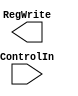
module Control(ControlIn, RegWrite);


input ControlIn;
output reg RegWrite;

endmodule